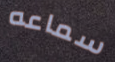
سماعه